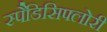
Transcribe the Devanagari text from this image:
स्पैडिसिफ्लोरी